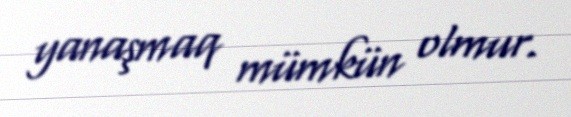
yanaşmaq mümkün olmur.